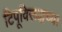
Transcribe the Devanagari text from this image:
टिपूविरूद्धच्या